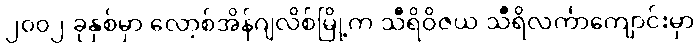
၂၀၀၂ ခုနှစ်မှာ လော့စ်အိန်ဂျလိစ်မြို့က သီရိဝိဇယ သီရိလင်္ကာကျောင်းမှာ